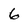
Character: 6